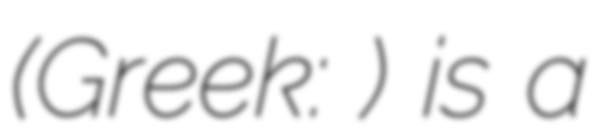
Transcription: (Greek: Χελιδόνι) is a